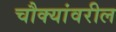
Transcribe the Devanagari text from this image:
चौक्यांवरील